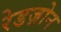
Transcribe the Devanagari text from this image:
रेडज़ोन